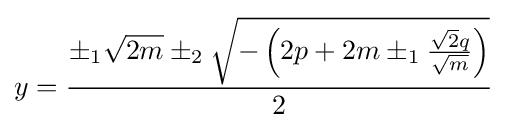
y={\pm _{1}{\sqrt {2m}}\pm _{2}{\sqrt {-\left(2p+2m\pm _{1}{{\sqrt {2}}q \over {\sqrt {m}}}\right)}} \over 2}